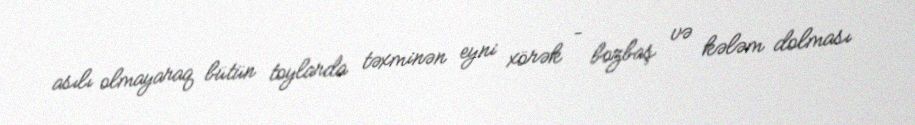
asılı olmayaraq bütün toylarda təxminən eyni xörək – bozbaş və kələm dolması